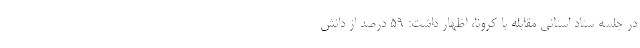
در جلسه ستاد استانی مقابله با کرونا، اظهار داشت: 59 درصد از دانش